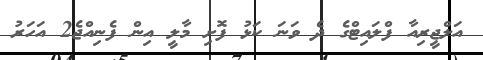
އަލްޖީރިއާ ފްލައިޓްގެ ދެ ވަނަ ކަޅު ފޮށި މާލީ އިން ފެނިއްޖެ2 އަހަރު